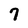
Character: 7